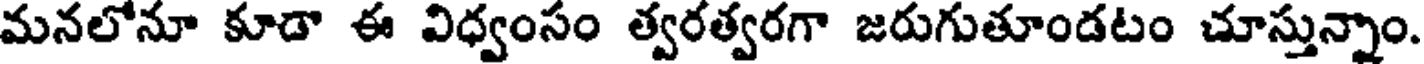
మనలోనూ కూడా ఈ విధ్వంసం త్వరత్వరగా జరుగుతూండటం చూస్తున్నాం.